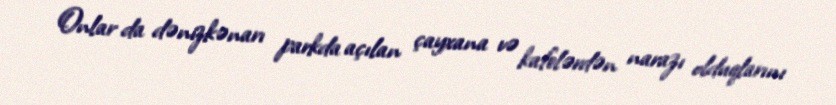
Onlar da dənizkənarı parkda açılan çayxana və kafelərdən narazı olduqlarını